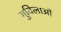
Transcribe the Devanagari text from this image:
गुबिलाओं